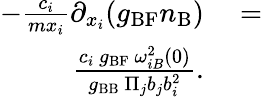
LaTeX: \begin{array}{rl}{-\frac{c_{i}}{mx_{i}}\partial_{x_{i}}(g_{\mathrm{BF}}n_{\mathrm{B}})}&{{}=}\\ {\frac{c_{i}~g_{\mathrm{BF}}~\omega_{iB}^{2}(0)}{g_{\mathrm{BB}}~\Pi_{j}b_{j}b_{i}^{2}}.}\end{array}